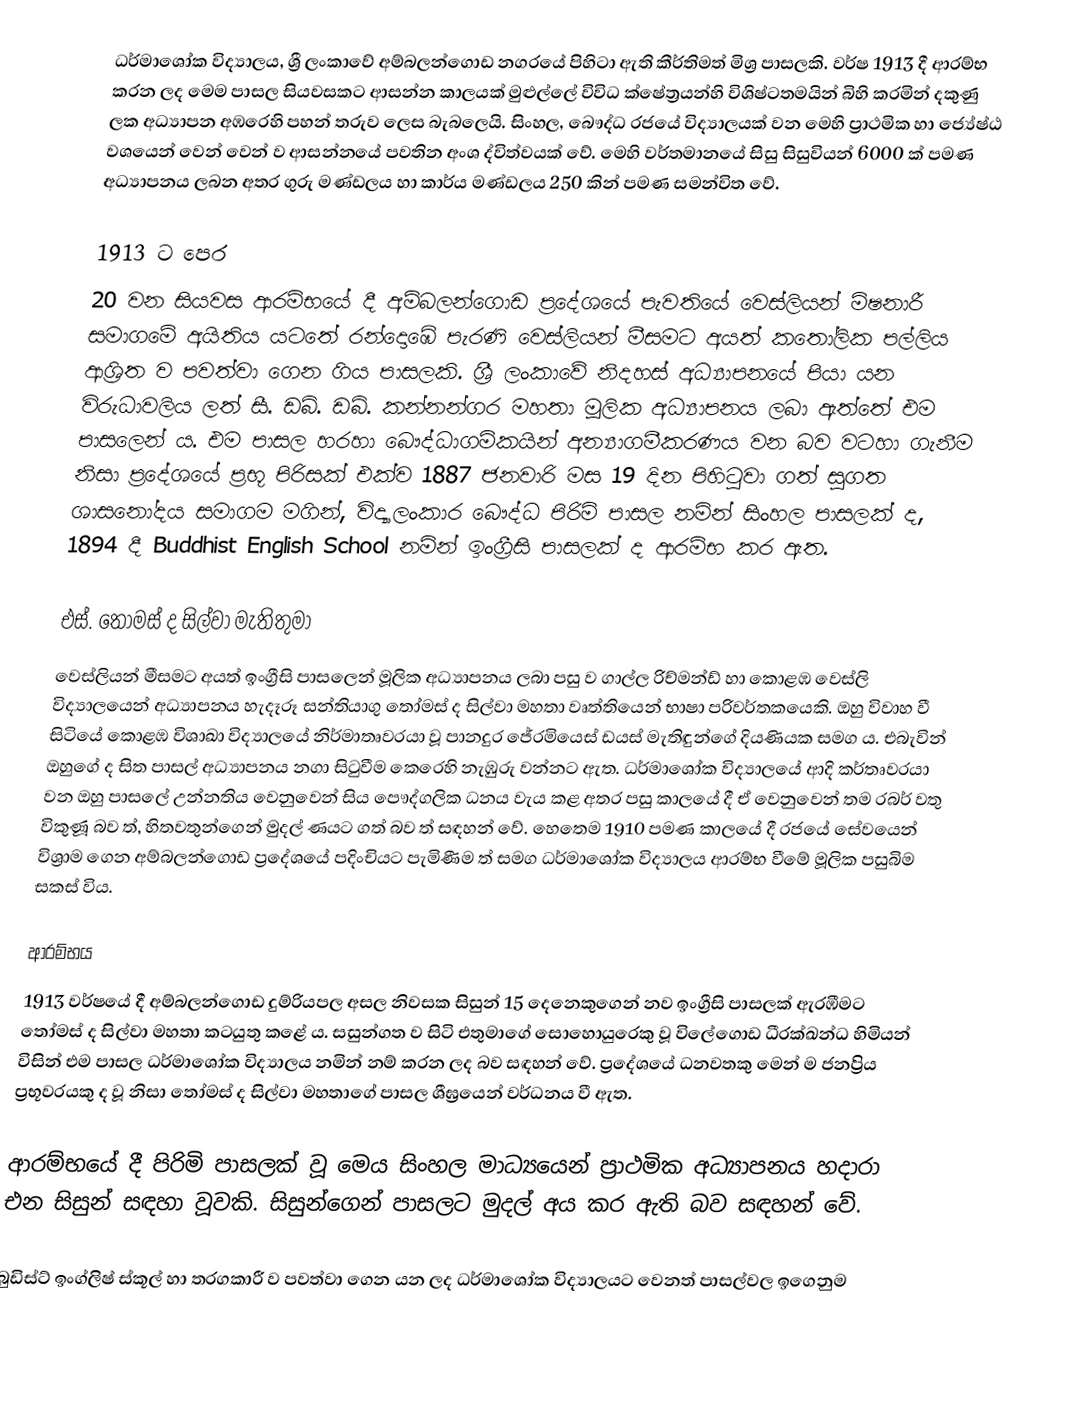
ධර්මාශෝක විද්‍යාලය, ශ්‍රී ලංකාවේ අම්බලන්ගොඩ නගරයේ පිහිටා ඇති කීර්තිමත් මිශ්‍ර පාසලකි. වර්ෂ 1913 දී ආරම්භ කරන ලද මෙම පාසල සියවසකට ආසන්න කාලයක් මුළුල්ලේ විවිධ ‍ක්ෂේත්‍රයන්හි විශිෂ්ටතමයින් බිහි කරමින් දකුණු ලක අධ්‍යාපන අඹරෙහි පහන් තරුව ලෙස බැබලෙයි. සිංහල, බෞද්ධ රජයේ විද්‍යාලයක් වන මෙහි ප්‍රාථමික හා ජ්‍යේෂ්ඨ වශයෙන් වෙන් වෙන් ව ආසන්නයේ පවතින අංශ ද්විත්වයක් වේ. මෙහි වර්තමානයේ සිසු සිසුවියන් 6000 ක් පමණ අධ්‍යාපනය ලබන අතර ගුරු මණ්ඩලය හා කාර්ය මණ්ඩලය 250 කින් පමණ සමන්විත වේ.

1913 ට පෙර
20 වන සියවස ආරම්භයේ දී අම්බලන්ගොඩ ප්‍රදේශයේ පැවතියේ වෙස්ලියන් මිෂනාරී සමාගමේ අයිතිය යටතේ රන්දොඹේ පැරණි වෙස්ලියන් මීසමට අයත් ක‍තෝලික පල්ලිය ආශ්‍රිත ව පවත්වා ගෙන ‍ගිය පාසලකි. ශ්‍රී ලංකාවේ නිදහස් අධ්‍යාපනයේ පියා යන විරුධාවලිය ලත් සී. ඩබ්. ඩබ්. කන්නන්ගර මහතා මූලික අධ්‍යාපනය ලබා ඇත්තේ එම පාසලෙන් ය. එම පාසල හරහා බෞද්ධාගමිකයින් අන්‍යාගමීකරණය වන බව වටහා ගැනීම නිසා ප්‍රදේශයේ ප්‍රභූ පිරිසක් එක්ව 1887 ජනවාරි මස 19 දින පිහිටුවා ගත් සුගත ශාසනෝදය සමාගම මගින්, විද්‍යාලංකාර බෞද්ධ පිරිමි පාසල නමින් සිංහල පාසලක් ද,  1894 දී Buddhist English School නමින් ඉංග්‍රීසි පාසලක් ද ආරම්භ කර ඇත.

එස්. තෝමස් ද සිල්වා මැතිතුමා
වෙස්ලියන් මීසමට අයත් ඉංග්‍රීසි පාසලෙන් මූලික අධ්‍යාපනය ලබා පසු ව ගාල්ල රිච්මන්ඩ් හා කොළඹ වෙස්ලි විද්‍යාලයෙන් අධ්‍යාපනය හැදෑරූ සන්තියාගු තෝමස් ද සිල්වා මහතා වෘත්තියෙන් භාෂා පරිවර්තකයෙකි. ඔහු විවාහ වී සිටියේ කොළඹ විශාඛා විද්‍යාලයේ නිර්මාතෘවරයා වූ පානදුර ජේරමියෙස් ඩයස් මැතිඳුන්ගේ දියණියක සමග ය. එබැවින් ඔහුගේ ද සිත පාසල් අධ්‍යාපනය නගා සිටුවීම කෙරෙහි නැඹුරු වන්නට ඇත. ධර්මාශෝක විද්‍යාලයේ ආදි කර්තෘවරයා වන ඔහු පාසලේ උන්නතිය වෙනුවෙන් සිය පෞද්ගලික ධනය වැය කළ අතර පසු කාලයේ දී ඒ වෙනුවෙන් තම රබර් වතු විකුණූ බව ත්, හිතවතුන්ගෙන් මුදල් ණයට ගත් බව ත් සඳහන් වේ. හෙතෙම 1910 පමණ කාලයේ දී රජයේ සේවයෙන් විශ්‍රාම ගෙන අම්බලන්ගොඩ ප්‍රදේශයේ පදිංචියට පැමි‍ණීම ත් සමග ධර්මාශෝක විද්‍යාලය ආරම්භ වීමේ මූලික පසුබිම සකස් විය.

ආරම්භය
1913 වර්ෂයේ දී අම්බලන්ගොඩ දුම්රියපල අසල නිවසක සිසුන් 15 දෙනෙකුගෙන් නව ඉංග්‍රීසි පාසලක් ඇරඹීමට තෝමස් ද සිල්වා මහතා කටයුතු කළේ ය. සසුන්ගත ව සිටි එතුමාගේ සොහොයුරෙකු වූ විලේගොඩ ධීරක්ඛන්ධ හිමියන් විසින් එම පාසල ධර්මාශෝක විද්‍යාලය නමින් නම් කරන ලද බව සඳහන් වේ. ප්‍රදේශයේ ධනවතකු මෙන් ම ජනප්‍රිය ප්‍රභූවරයකු ද වූ නිසා ‍තෝමස් ද සිල්වා මහතාගේ පාසල ශීඝ්‍රයෙන් වර්ධනය වී ඇත.

ආරම්භයේ දී පිරිමි පාසලක් වූ මෙය සිංහල මාධ්‍යයෙන් ප්‍රාථමික අධ්‍යාපනය හදාරා එන සිසුන් සඳහා වූවකි. සිසුන්ගෙන් පාසලට මුදල් අය කර ඇති බව සඳහන් වේ.

බුඩිස්ට් ඉංග්ලිෂ් ස්කූල් හා තරගකාරී ව පවත්වා ගෙන යන ලද ධර්මාශෝක විද්‍යාලයට වෙනත් පාසල්වල ඉගෙනුම